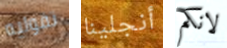
تقوليه أنجلينا لانكم